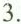
3.